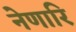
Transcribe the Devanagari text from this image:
नेणारि